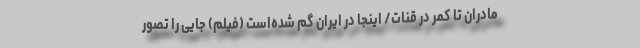
مادران تا کمر در قنات/ اینجا در ایران گم شده‌است (فیلم) جایی را تصور